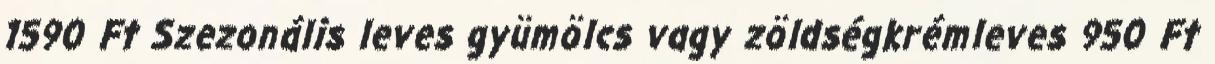
1590 Ft Szezonális leves gyümölcs vagy zöldségkrémleves 950 Ft